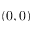
( 0 , 0 )